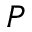
P